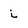
Character: i